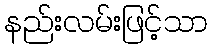
နည်းလမ်းဖြင့်သာ